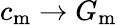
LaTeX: c_{\mathrm{m}}\rightarrow G_{\mathrm{m}}